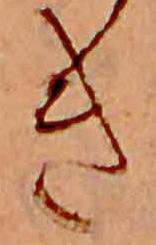
き